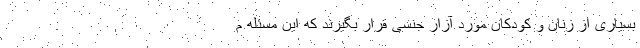
بسیاری از زنان و کودکان مورد آزار جنسی قرار بگیرند که این مسئله م